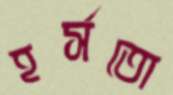
হর্সতো